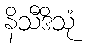
နိသီဒိသုံ